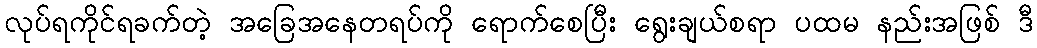
လုပ်ရကိုင်ရခက်တဲ့ အခြေအနေတရပ်ကို ရောက်စေပြီး ရွေးချယ်စရာ ပထမ နည်းအဖြစ် ဒီ